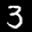
Label: 3